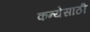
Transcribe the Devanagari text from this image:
कन्येसाठी